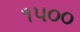
૧૫૦૦